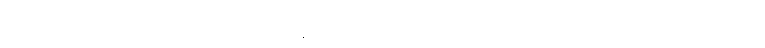
သဒ္ဒဟတိ၊ အဘယ်သို့ ယုံကြည်သနည်း။) “သော ဘဂဝါ၊ ထိုမြတ်စွာဘုရားသည်။ ဣတိပိ